画像に写った文字を読んでください
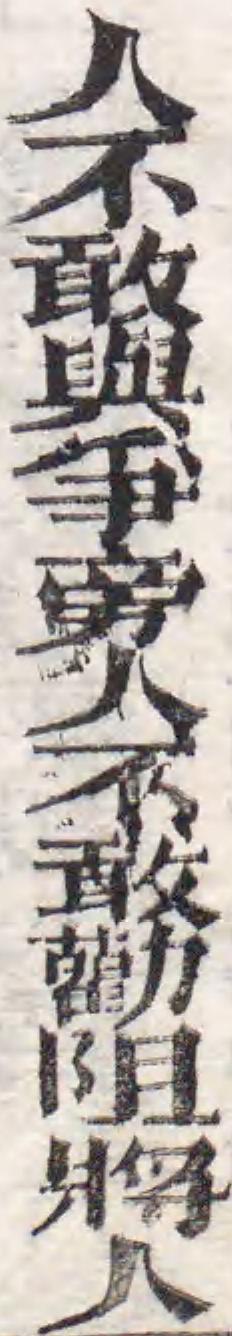
「人不敢與爭旁人不敢勸阻將人」と書いてあります